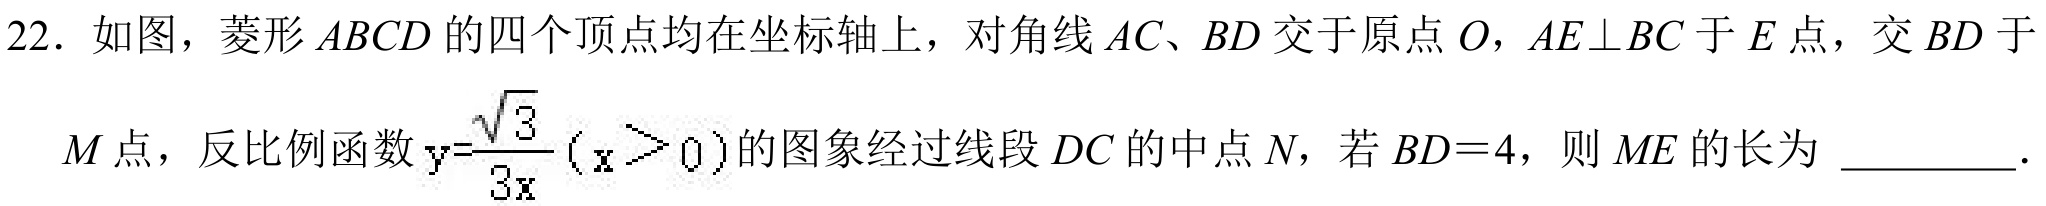
22. 如图，菱形 \(ABCD\) 的四个顶点均在坐标轴上，对角线 \(AC、BD\) 交于原点 \(O\)，\(AE\perp BC\) 于 \(E\) 点，交 \(BD\) 于
\(M\) 点，反比例函数 \(y = \frac{\sqrt{3}}{3x}(x>0)\) 的图象经过线段 \(DC\) 的中点 \(N\)，若 \(BD = 4\)，则 \(ME\) 的长为 \underline{\quad\quad}.